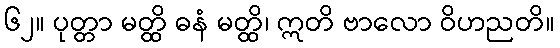
၆၂။ ပုတ္တာ မတ္ထိ ဓနံ မတ္ထိ၊ ဣတိ ဗာလော ဝိဟညတိ။